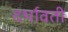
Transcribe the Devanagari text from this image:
दर्भावती